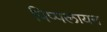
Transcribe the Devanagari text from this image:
पिप्पलायन